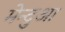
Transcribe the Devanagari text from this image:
मेन्दुआ